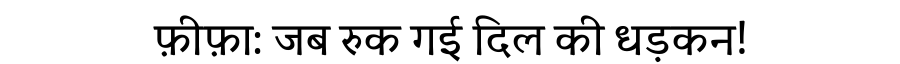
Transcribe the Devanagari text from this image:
फ़ीफ़ा: जब रुक गई दिल की धड़कन!